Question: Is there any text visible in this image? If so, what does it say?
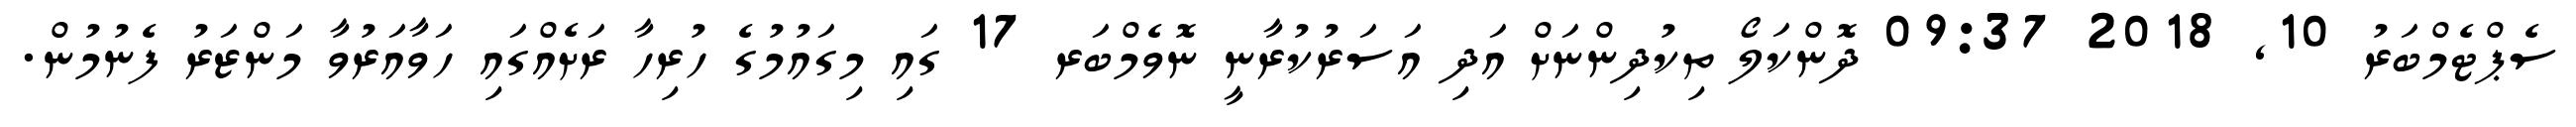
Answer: ސެޕްޓެމްބަރު 10, 2018 09:37 ދޮންކަލޯ ތިކުދިންނަށް އަދި އަސަރުކުރާނީ ނޮވެމްބަރ 17 ގައި މިގައުމުގެ ހުރިހާ ރަށެއްގައި ހަވާއަރުވާ މަންޒަރު ފެނުމުން.